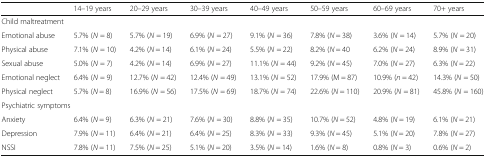
<table><thead><tr><td></td><td><b>14–19 years</b></td><td><b>20–29 years</b></td><td><b>30–39 years</b></td><td><b>40–49 years</b></td><td><b>50–59 years</b></td><td><b>60–69 years</b></td><td><b>70+ years</b></td></tr></thead><tbody><tr><td colspan="8">Child maltreatment</td></tr><tr><td>Emotional abuse</td><td>5.7% (<i>N</i> = 8)</td><td>5.7% (<i>N</i> = 19)</td><td>6.9% (<i>N</i> = 27)</td><td>9.1% (<i>N</i> = 36)</td><td>7.8% (<i>N</i> = 38)</td><td>3.6% (<i>N</i> = 14)</td><td>5.7% (<i>N</i> = 20)</td></tr><tr><td>Physical abuse</td><td>7.1% (<i>N</i> = 10)</td><td>4.2% (<i>N</i> = 14)</td><td>6.1% (<i>N</i> = 24)</td><td>5.5% (<i>N</i> = 22)</td><td>8.2% (<i>N</i> = 40</td><td>6.2% (<i>N</i> = 24)</td><td>8.9% (<i>N</i> = 31)</td></tr><tr><td>Sexual abuse</td><td>5.0% (<i>N</i> = 7)</td><td>4.2% (<i>N</i> = 14)</td><td>6.9% (<i>N</i> = 27)</td><td>11.1% (<i>N</i> = 44)</td><td>9.2% (<i>N</i> = 45)</td><td>7.0% (<i>N</i> = 27)</td><td>6.3% (<i>N</i> = 22)</td></tr><tr><td>Emotional neglect</td><td>6.4% (<i>N</i> = 9)</td><td>12.7% (<i>N</i> = 42)</td><td>12.4% (<i>N</i> = 49)</td><td>13.1% (<i>N</i> = 52)</td><td>17.9% (M = 87)</td><td>10.9% (<i>n</i> = 42)</td><td>14.3% (<i>N</i> = 50)</td></tr><tr><td>Physical neglect</td><td>5.7% (<i>N</i> = 8)</td><td>16.9% (<i>N</i> = 56)</td><td>17.5% (<i>N</i> = 69)</td><td>18.7% (<i>N</i> = 74)</td><td>22.6% (<i>N</i> = 110)</td><td>20.9% (<i>N</i> = 81)</td><td>45.8% (<i>N</i> = 160)</td></tr><tr><td colspan="8">Psychiatric symptoms</td></tr><tr><td>Anxiety</td><td>6.4% (<i>N</i> = 9)</td><td>6.3% (<i>N</i> = 21)</td><td>7.6% (<i>N</i> = 30)</td><td>8.8% (<i>N</i> = 35)</td><td>10.7% (<i>N</i> = 52)</td><td>4.8% (<i>N</i> = 19)</td><td>6.1% (<i>N</i> = 21)</td></tr><tr><td>Depression</td><td>7.9% (<i>N</i> = 11)</td><td>6.4% (<i>N</i> = 21)</td><td>6.4% (<i>N</i> = 25)</td><td>8.3% (<i>N</i> = 33)</td><td>9.3% (<i>N</i> = 45)</td><td>5.1% (<i>N</i> = 20)</td><td>7.8% (<i>N</i> = 27)</td></tr><tr><td>NSSI</td><td>7.8% (<i>N</i> = 11)</td><td>7.5% (<i>N</i> = 25)</td><td>5.1% (<i>N</i> = 20)</td><td>3.5% (<i>N</i> = 14)</td><td>1.6% (<i>N</i> = 8)</td><td>0.8% (<i>N</i> = 3)</td><td>0.6% (<i>N</i> = 2)</td></tr></tbody></table>